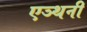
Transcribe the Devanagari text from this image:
एञ्थनी